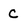
Character: C